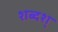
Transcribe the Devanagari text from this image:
शब्दश्